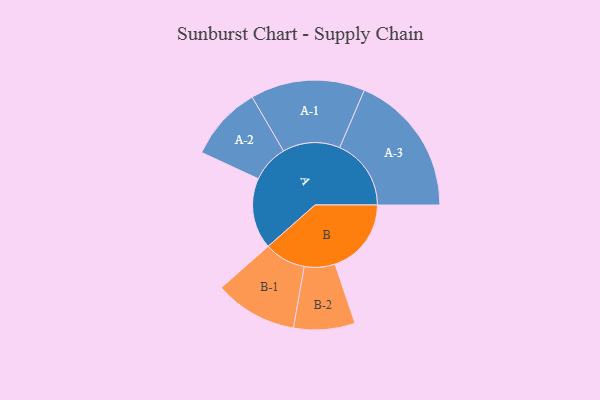
{"axis": {"x": "Segment", "y": "Value"}, "legend": ["", "A", "B"], "data": [{"x": "A", "y": 264, "type": ""}, {"x": "B", "y": 284, "type": ""}, {"x": "A-1", "y": 213, "type": "A"}, {"x": "A-2", "y": 139, "type": "A"}, {"x": "A-3", "y": 266, "type": "A"}, {"x": "B-1", "y": 154, "type": "B"}, {"x": "B-2", "y": 114, "type": "B"}]}